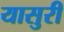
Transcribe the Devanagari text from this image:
यासुरी